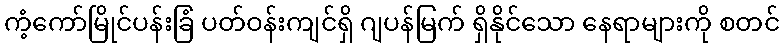
ကံ့ကော်မြိုင်ပန်းခြံ ပတ်ဝန်းကျင်ရှိ ဂျပန်မြက် ရှိနိုင်သော နေရာများကို စတင်